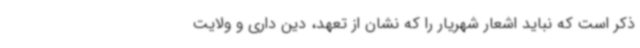
ذکر است که نباید اشعار شهریار را که نشان از تعهد، دین داری و ولایت